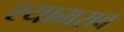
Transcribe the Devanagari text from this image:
श्‍यामराव